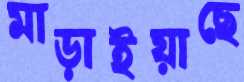
মাড়াইয়াছে